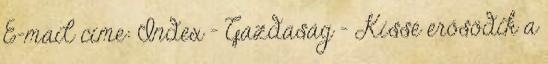
E-mail címe: Index - Gazdaság - Kissé erősödik a